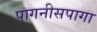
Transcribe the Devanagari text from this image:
पागनीसपागा